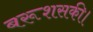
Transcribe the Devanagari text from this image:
बरूशसकी।